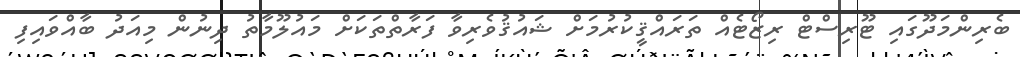
ބެރިންމަދޫގައި ޓޫރިސްޓް ރިޒޯޓެއް ތަރައްޤީކުރުމަށް ޝައުޤުވެރިވާ ފަރާތްތަކަށް މައުލޫމާތު ދިނުން މިއަދު ބާއްވައިފި